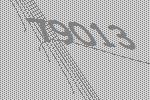
79013